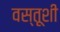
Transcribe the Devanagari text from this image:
वस्तूशी